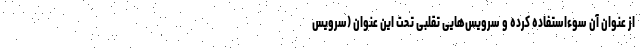
از عنوان آن سوءاستفاده کرده و سرویس‌هایی تقلبی تحت این عنوان (سرویس